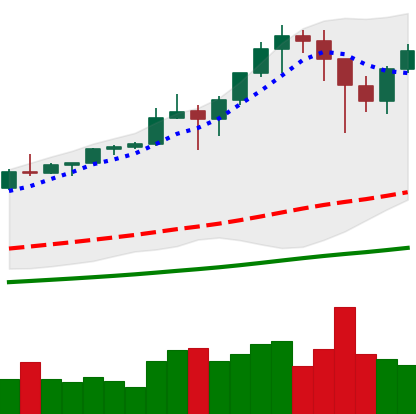
Ticker: BTC-USD
Chart end date: 2021-01-14
Forward return: -7.955%
Label: down_7plus